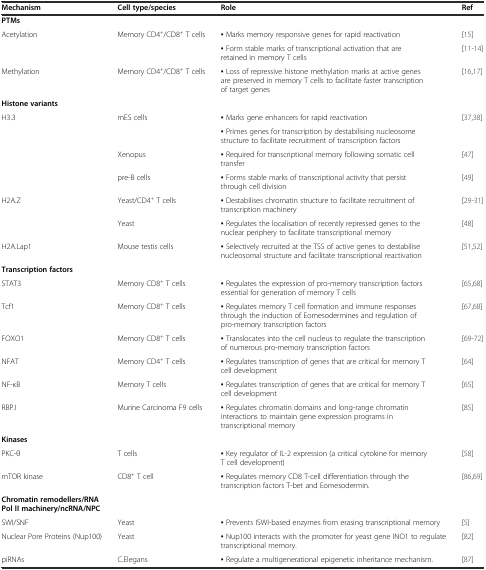
<table><thead><tr><td><b>Mechanism</b></td><td><b>Cell type/species</b></td><td><b>Role</b></td><td><b>Ref</b></td></tr></thead><tbody><tr><td><b>PTMs</b></td><td></td><td></td><td></td></tr><tr><td rowspan="2">Acetylation</td><td rowspan="2">Memory CD4<sup>+</sup>/CD8<sup>+</sup> T cells</td><td>▪ Marks memory responsive genes for rapid reactivation</td><td>[15]</td></tr><tr><td>▪ Form stable marks of transcriptional activation that are retained in memory T cells</td><td>[11-14]</td></tr><tr><td>Methylation</td><td>Memory CD4<sup>+</sup>/CD8<sup>+</sup> T cells</td><td>▪ Loss of repressive histone methylation marks at active genes are preserved in memory T cells to facilitate faster transcription of target genes</td><td>[16,17]</td></tr><tr><td><b>Histone variants</b></td><td></td><td></td><td></td></tr><tr><td rowspan="4">H3.3</td><td rowspan="2">mES cells</td><td>▪ Marks gene enhancers for rapid reactivation</td><td rowspan="2">[37,38]</td></tr><tr><td>▪ Primes genes for transcription by destabilising nucleosome structure to facilitate recruitment of transcription factors</td></tr><tr><td>Xenopus</td><td>▪ Required for transcriptional memory following somatic cell transfer</td><td>[47]</td></tr><tr><td>pre-B cells</td><td>▪ Forms stable marks of transcriptional activity that persist through cell division</td><td>[49]</td></tr><tr><td rowspan="2">H2A.Z</td><td>Yeast/CD4<sup>+</sup> T cells</td><td>▪ Destabilises chromatin structure to facilitate recruitment of transcription machinery</td><td>[29-31]</td></tr><tr><td>Yeast</td><td>▪ Regulates the localisation of recently repressed genes to the nuclear periphery to facilitate transcriptional memory</td><td>[48]</td></tr><tr><td>H2A.Lap1</td><td>Mouse testis cells</td><td>▪ Selectively recruited at the TSS of active genes to destabilise nucleosomal structure and facilitate transcriptional reactivation</td><td>[51,52]</td></tr><tr><td><b>Transcription factors</b></td><td></td><td></td><td></td></tr><tr><td>STAT3</td><td>Memory CD8<sup>+</sup> T cells</td><td>▪ Regulates the expression of pro-memory transcription factors essential for generation of memory T cells</td><td>[65,68]</td></tr><tr><td>Tcf1</td><td>Memory CD8<sup>+</sup> T cells</td><td>▪ Regulates memory T cell formation and immune responses through the induction of Eomesodermines and regulation of pro-memory transcription factors</td><td>[67,68]</td></tr><tr><td>FOXO1</td><td>Memory CD8<sup>+</sup> T cells</td><td>▪ Translocates into the cell nucleus to regulate the transcription of numerous pro-memory transcription factors</td><td>[69-72]</td></tr><tr><td>NFAT</td><td>Memory CD4<sup>+</sup> T cells</td><td>▪ Regulates transcription of genes that are critical for memory T cell development</td><td>[64]</td></tr><tr><td>NF-κB</td><td>Memory T cells</td><td>▪ Regulates transcription of genes that are critical for memory T cell development</td><td>[65]</td></tr><tr><td>RBPJ</td><td>Murine Carcinoma F9 cells</td><td>▪ Regulates chromatin domains and long-range chromatin interactions to maintain gene expression programs in transcriptional memory</td><td>[85]</td></tr><tr><td><b>Kinases</b></td><td></td><td></td><td></td></tr><tr><td>PKC-θ</td><td>T cells</td><td>▪ Key regulator of IL-2 expression (a critical cytokine for memory T cell development)</td><td>[58]</td></tr><tr><td>mTOR kinase</td><td>CD8<sup>+</sup> T cell</td><td>▪ Regulates memory CD8 T-cell differentiation through the transcription factors T-bet and Eomesodermin.</td><td>[86,69]</td></tr><tr><td><b>Chromatin remodellers/RNA Pol II machinery/ncRNA/NPC</b></td><td></td><td></td><td></td></tr><tr><td>SWI/SNF</td><td>Yeast</td><td>▪ Prevents ISWI-based enzymes from erasing transcriptional memory</td><td>[5]</td></tr><tr><td>Nuclear Pore Proteins (Nup100)</td><td>Yeast</td><td>▪ Nup100 interacts with the promoter for yeast gene INO1 to regulate transcriptional memory.</td><td>[82]</td></tr><tr><td>piRNAs</td><td>C.Elegans</td><td>▪ Regulate a multigenerational epigenetic inheritance mechanism.</td><td>[87]</td></tr></tbody></table>